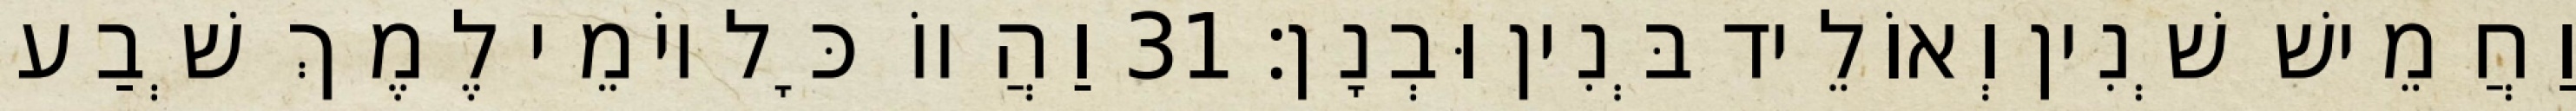
וַחֲמֵישׁ שְׁנִין וְאוֹלֵיד בְּנִין וּבְנָן׃ 31 וַהֲווֹ כָּל יוֹמֵי לֶמֶךְ שְׁבַע